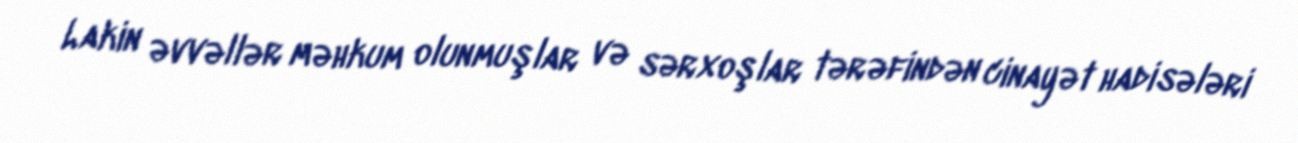
Lakin əvvəllər məhkum olunmuşlar və sərxoşlar tərəfindən cinayət hadisələri